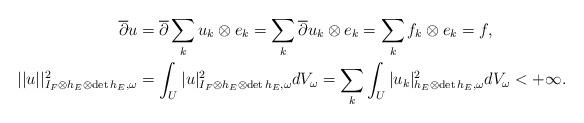
LaTeX: \begin{align*} \overline{\partial}u&=\overline{\partial}\sum_ku_k\otimes e_k=\sum_k\overline{\partial}u_k\otimes e_k=\sum_k f_k\otimes e_k=f,\\ ||u||^2_{I_F\otimes h_E\otimes\mathrm{det}\,h_E,\omega}&=\int_U|u|^2_{I_F\otimes h_E\otimes\mathrm{det}\,h_E,\omega}dV_\omega=\sum_k\int_U|u_k|^2_{h_E\otimes\mathrm{det}\,h_E,\omega}dV_\omega<+\infty. \end{align*}